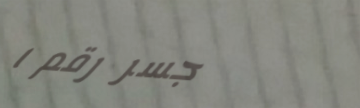
جسر رقم ١